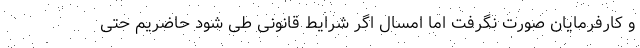
و کارفرمایان صورت نگرفت اما امسال اگر شرایط قانونی طی شود حاضریم حتی